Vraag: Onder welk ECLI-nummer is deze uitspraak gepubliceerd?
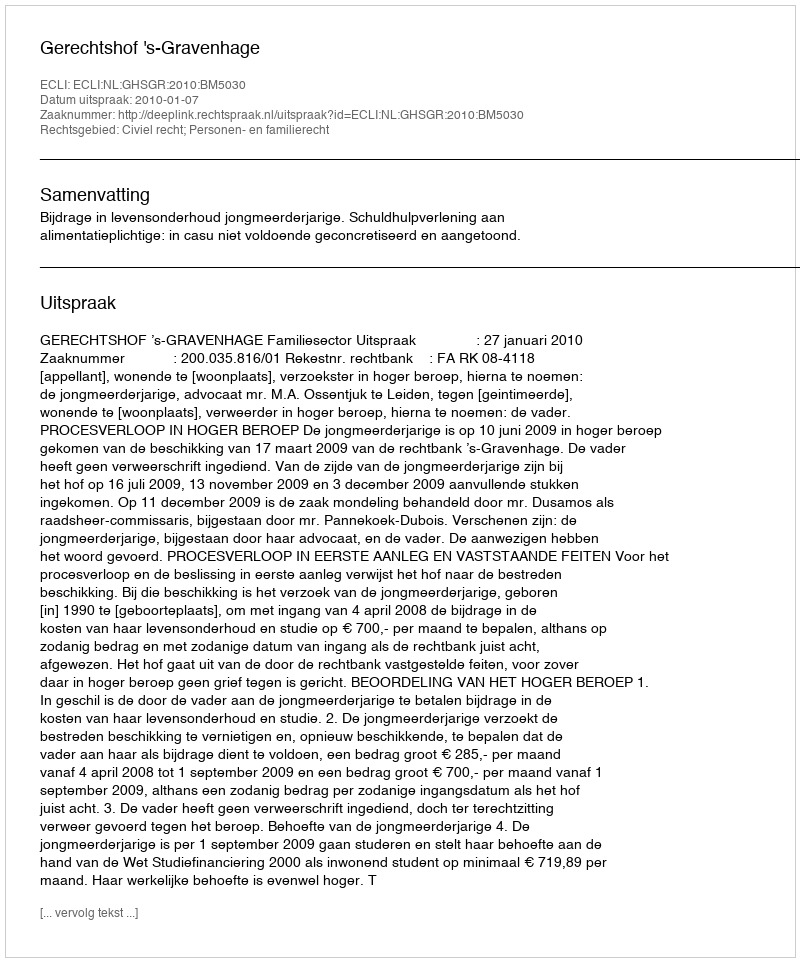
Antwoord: ECLI:NL:GHSGR:2010:BM5030